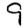
Digit: 9